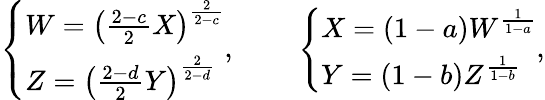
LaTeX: \left\{ \begin{array}{l}{{W=\left({\frac{2-c}{2}}X\right)^{\frac{2}{2-c}}}}\\ {{Z=\left({\frac{2-d}{2}}Y\right)^{\frac{2}{2-d}}}}\end{array}\right.,\ \ \ \ \ \ \ \ \left\{ \begin{array}{l}{{X=(1-a)W^{\frac{1}{1-a}}}}\\ {{Y=(1-b)Z^{\frac{1}{1-b}}}}\end{array}\right.,